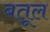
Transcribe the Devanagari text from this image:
बतूल